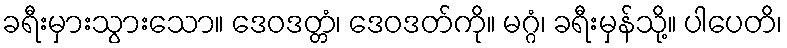
ခရီးမှားသွားသော။ ဒေဝဒတ္တံ၊ ဒေဝဒတ်ကို။ မဂ္ဂံ၊ ခရီးမှန်သို့။ ပါပေတိ၊